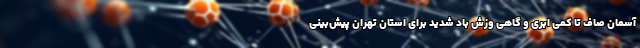
آسمان صاف تا کمی ابری و گاهی وزش باد شدید برای استان تهران پیش‌بینی